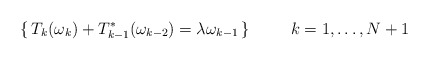
\begin{align*}\lbrace\,T_k(\omega_k)+T_{k-1}^*(\omega_{k-2})=\lambda\omega_{k-1}\,\rbrace\;\;\;\;\;\;\;\;\;k=1,\dots,N+1 \end{align*}